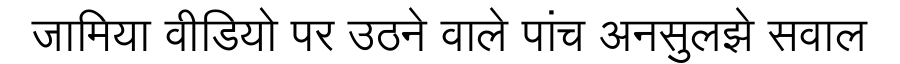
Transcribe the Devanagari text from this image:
जामिया वीडियो पर उठने वाले पांच अनसुलझे सवाल